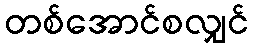
တစ်အောင်စလျှင်